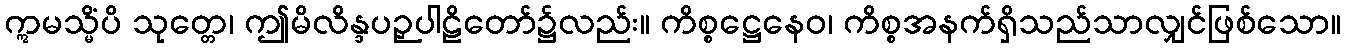
ဣမသ္မိံပိ သုတ္တေ၊ ဤမိလိန္ဒပဉှပါဠိတော်၌လည်း။ ကိစ္စဋ္ဌေနေဝ၊ ကိစ္စအနက်ရှိသည်သာလျှင်ဖြစ်သော။